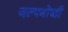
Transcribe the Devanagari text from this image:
जल्पगोष्ठी